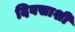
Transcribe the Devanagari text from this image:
दिवसाशी